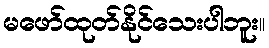
မဖော်ထုတ်နိုင်သေးပါဘူး။